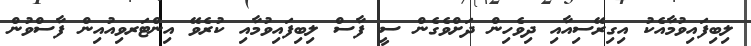
ލިބިފައިވުމާއެކު އިގިރޭސިއާއި ދިވެހިން ދަށްވެގެން ސީ ފާސް ލިބިފައިވުމާއި ކުރެވޭ އިންޓަރވިއުއިން ފާސްވުން